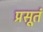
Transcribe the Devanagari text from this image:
प्रसूतं